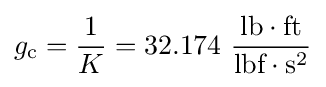
g_{\text{c}}={\frac {1}{K}}=32.174~{\frac {{\text{lb}}\cdot {\text{ft}}}{{\text{lbf}}\cdot {\text{s}}^{2}}}